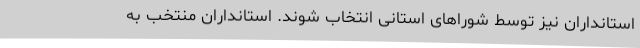
استانداران نیز توسط شوراهای استانی انتخاب شوند. استانداران منتخب به